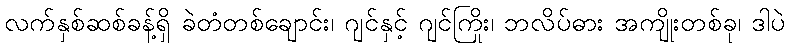
လက်နှစ်ဆစ်ခန့်ရှိ ခဲတံတစ်ချောင်း၊ ဂျင်နှင့် ဂျင်ကြိုး၊ ဘလိပ်ဓား အကျိုးတစ်ခု၊ ဒါပဲ